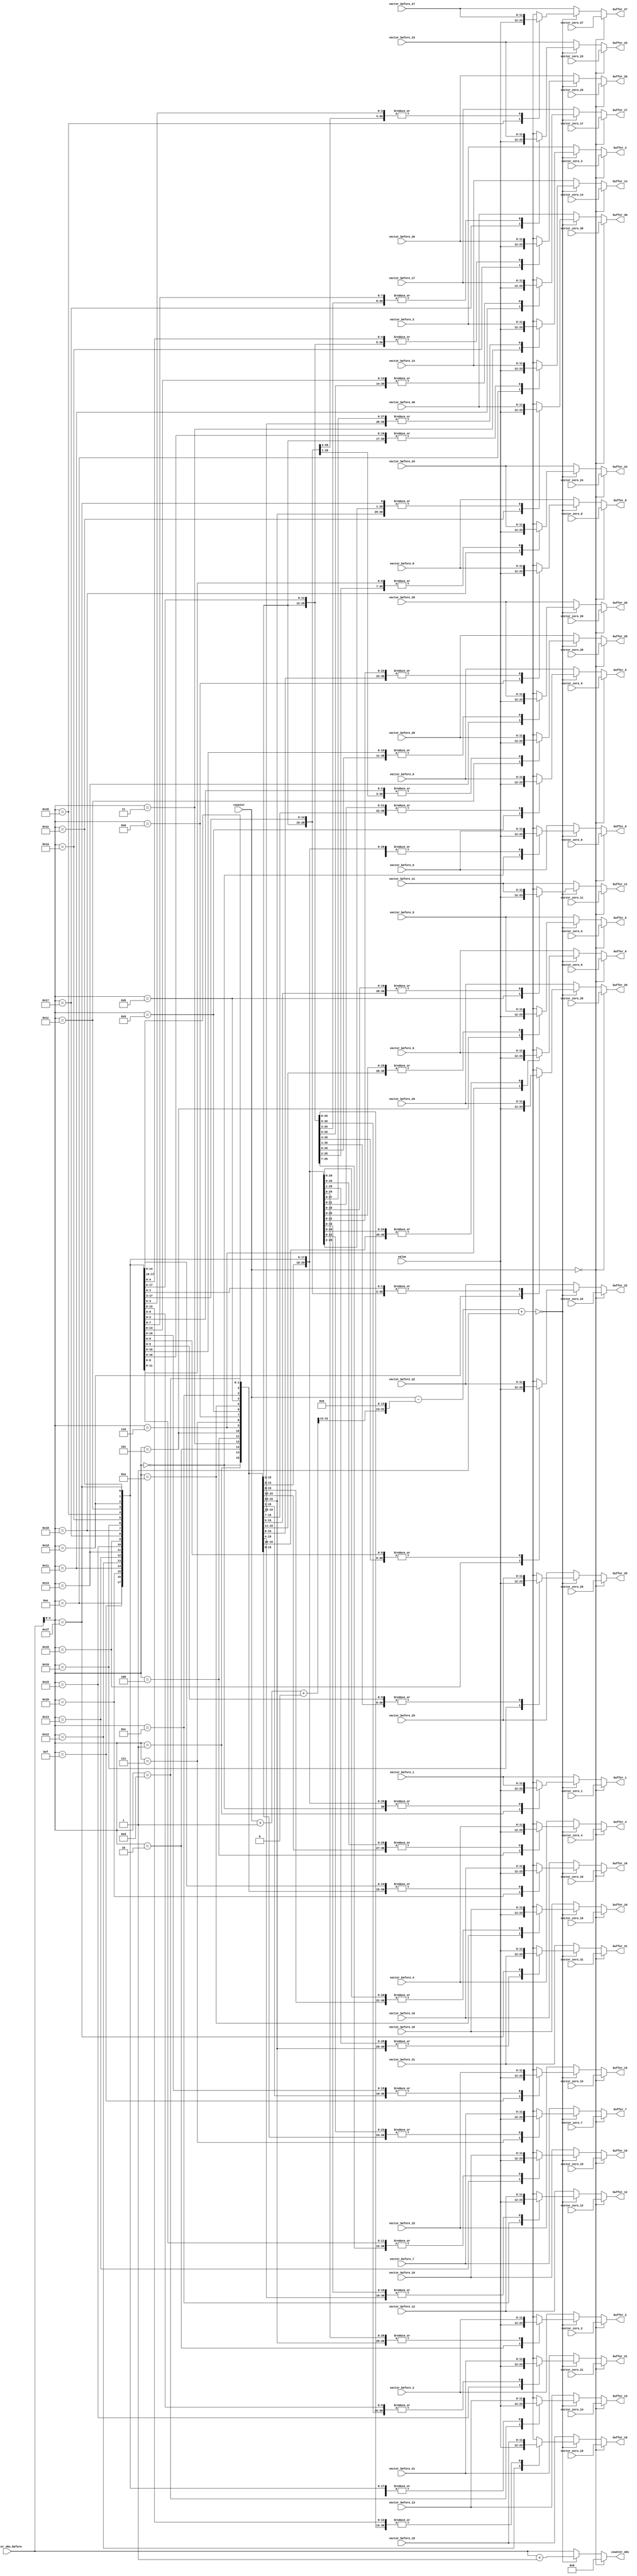
// -------------------------------------------------------------
// 
// 
// Generated by MATLAB 9.14 and HDL Coder 4.1
// 
// -------------------------------------------------------------


// -------------------------------------------------------------
// 
// Module: buffer_block
// Source Path: RSP/RSP/Velocity Processor/Doppler Processing/Buffer_lag_observation/buffer
// Hierarchy Level: 4
// 
// -------------------------------------------------------------

`timescale 1 ns / 1 ns

module buffer_block
          (value,
           vector_zero_0,
           vector_zero_1,
           vector_zero_2,
           vector_zero_3,
           vector_zero_4,
           vector_zero_5,
           vector_zero_6,
           vector_zero_7,
           vector_zero_8,
           vector_zero_9,
           vector_zero_10,
           vector_zero_11,
           vector_zero_12,
           vector_zero_13,
           vector_zero_14,
           vector_zero_15,
           vector_zero_16,
           vector_zero_17,
           vector_zero_18,
           vector_zero_19,
           vector_zero_20,
           vector_zero_21,
           vector_zero_22,
           vector_zero_23,
           vector_zero_24,
           vector_zero_25,
           vector_zero_26,
           vector_zero_27,
           vector_zero_28,
           vector_zero_29,
           vector_zero_30,
           vector_zero_31,
           vector_before_0,
           vector_before_1,
           vector_before_2,
           vector_before_3,
           vector_before_4,
           vector_before_5,
           vector_before_6,
           vector_before_7,
           vector_before_8,
           vector_before_9,
           vector_before_10,
           vector_before_11,
           vector_before_12,
           vector_before_13,
           vector_before_14,
           vector_before_15,
           vector_before_16,
           vector_before_17,
           vector_before_18,
           vector_before_19,
           vector_before_20,
           vector_before_21,
           vector_before_22,
           vector_before_23,
           vector_before_24,
           vector_before_25,
           vector_before_26,
           vector_before_27,
           vector_before_28,
           vector_before_29,
           vector_before_30,
           vector_before_31,
           counter,
           counter_obs_before,
           buffer_0,
           buffer_1,
           buffer_2,
           buffer_3,
           buffer_4,
           buffer_5,
           buffer_6,
           buffer_7,
           buffer_8,
           buffer_9,
           buffer_10,
           buffer_11,
           buffer_12,
           buffer_13,
           buffer_14,
           buffer_15,
           buffer_16,
           buffer_17,
           buffer_18,
           buffer_19,
           buffer_20,
           buffer_21,
           buffer_22,
           buffer_23,
           buffer_24,
           buffer_25,
           buffer_26,
           buffer_27,
           buffer_28,
           buffer_29,
           buffer_30,
           buffer_31,
           counter_obs);


  input   signed [11:0] value;  // sfix12_En10
  input   signed [11:0] vector_zero_0;  // sfix12_En10
  input   signed [11:0] vector_zero_1;  // sfix12_En10
  input   signed [11:0] vector_zero_2;  // sfix12_En10
  input   signed [11:0] vector_zero_3;  // sfix12_En10
  input   signed [11:0] vector_zero_4;  // sfix12_En10
  input   signed [11:0] vector_zero_5;  // sfix12_En10
  input   signed [11:0] vector_zero_6;  // sfix12_En10
  input   signed [11:0] vector_zero_7;  // sfix12_En10
  input   signed [11:0] vector_zero_8;  // sfix12_En10
  input   signed [11:0] vector_zero_9;  // sfix12_En10
  input   signed [11:0] vector_zero_10;  // sfix12_En10
  input   signed [11:0] vector_zero_11;  // sfix12_En10
  input   signed [11:0] vector_zero_12;  // sfix12_En10
  input   signed [11:0] vector_zero_13;  // sfix12_En10
  input   signed [11:0] vector_zero_14;  // sfix12_En10
  input   signed [11:0] vector_zero_15;  // sfix12_En10
  input   signed [11:0] vector_zero_16;  // sfix12_En10
  input   signed [11:0] vector_zero_17;  // sfix12_En10
  input   signed [11:0] vector_zero_18;  // sfix12_En10
  input   signed [11:0] vector_zero_19;  // sfix12_En10
  input   signed [11:0] vector_zero_20;  // sfix12_En10
  input   signed [11:0] vector_zero_21;  // sfix12_En10
  input   signed [11:0] vector_zero_22;  // sfix12_En10
  input   signed [11:0] vector_zero_23;  // sfix12_En10
  input   signed [11:0] vector_zero_24;  // sfix12_En10
  input   signed [11:0] vector_zero_25;  // sfix12_En10
  input   signed [11:0] vector_zero_26;  // sfix12_En10
  input   signed [11:0] vector_zero_27;  // sfix12_En10
  input   signed [11:0] vector_zero_28;  // sfix12_En10
  input   signed [11:0] vector_zero_29;  // sfix12_En10
  input   signed [11:0] vector_zero_30;  // sfix12_En10
  input   signed [11:0] vector_zero_31;  // sfix12_En10
  input   signed [11:0] vector_before_0;  // sfix12_En10
  input   signed [11:0] vector_before_1;  // sfix12_En10
  input   signed [11:0] vector_before_2;  // sfix12_En10
  input   signed [11:0] vector_before_3;  // sfix12_En10
  input   signed [11:0] vector_before_4;  // sfix12_En10
  input   signed [11:0] vector_before_5;  // sfix12_En10
  input   signed [11:0] vector_before_6;  // sfix12_En10
  input   signed [11:0] vector_before_7;  // sfix12_En10
  input   signed [11:0] vector_before_8;  // sfix12_En10
  input   signed [11:0] vector_before_9;  // sfix12_En10
  input   signed [11:0] vector_before_10;  // sfix12_En10
  input   signed [11:0] vector_before_11;  // sfix12_En10
  input   signed [11:0] vector_before_12;  // sfix12_En10
  input   signed [11:0] vector_before_13;  // sfix12_En10
  input   signed [11:0] vector_before_14;  // sfix12_En10
  input   signed [11:0] vector_before_15;  // sfix12_En10
  input   signed [11:0] vector_before_16;  // sfix12_En10
  input   signed [11:0] vector_before_17;  // sfix12_En10
  input   signed [11:0] vector_before_18;  // sfix12_En10
  input   signed [11:0] vector_before_19;  // sfix12_En10
  input   signed [11:0] vector_before_20;  // sfix12_En10
  input   signed [11:0] vector_before_21;  // sfix12_En10
  input   signed [11:0] vector_before_22;  // sfix12_En10
  input   signed [11:0] vector_before_23;  // sfix12_En10
  input   signed [11:0] vector_before_24;  // sfix12_En10
  input   signed [11:0] vector_before_25;  // sfix12_En10
  input   signed [11:0] vector_before_26;  // sfix12_En10
  input   signed [11:0] vector_before_27;  // sfix12_En10
  input   signed [11:0] vector_before_28;  // sfix12_En10
  input   signed [11:0] vector_before_29;  // sfix12_En10
  input   signed [11:0] vector_before_30;  // sfix12_En10
  input   signed [11:0] vector_before_31;  // sfix12_En10
  input   [31:0] counter;  // uint32
  input   [31:0] counter_obs_before;  // uint32
  output  signed [11:0] buffer_0;  // sfix12_En10
  output  signed [11:0] buffer_1;  // sfix12_En10
  output  signed [11:0] buffer_2;  // sfix12_En10
  output  signed [11:0] buffer_3;  // sfix12_En10
  output  signed [11:0] buffer_4;  // sfix12_En10
  output  signed [11:0] buffer_5;  // sfix12_En10
  output  signed [11:0] buffer_6;  // sfix12_En10
  output  signed [11:0] buffer_7;  // sfix12_En10
  output  signed [11:0] buffer_8;  // sfix12_En10
  output  signed [11:0] buffer_9;  // sfix12_En10
  output  signed [11:0] buffer_10;  // sfix12_En10
  output  signed [11:0] buffer_11;  // sfix12_En10
  output  signed [11:0] buffer_12;  // sfix12_En10
  output  signed [11:0] buffer_13;  // sfix12_En10
  output  signed [11:0] buffer_14;  // sfix12_En10
  output  signed [11:0] buffer_15;  // sfix12_En10
  output  signed [11:0] buffer_16;  // sfix12_En10
  output  signed [11:0] buffer_17;  // sfix12_En10
  output  signed [11:0] buffer_18;  // sfix12_En10
  output  signed [11:0] buffer_19;  // sfix12_En10
  output  signed [11:0] buffer_20;  // sfix12_En10
  output  signed [11:0] buffer_21;  // sfix12_En10
  output  signed [11:0] buffer_22;  // sfix12_En10
  output  signed [11:0] buffer_23;  // sfix12_En10
  output  signed [11:0] buffer_24;  // sfix12_En10
  output  signed [11:0] buffer_25;  // sfix12_En10
  output  signed [11:0] buffer_26;  // sfix12_En10
  output  signed [11:0] buffer_27;  // sfix12_En10
  output  signed [11:0] buffer_28;  // sfix12_En10
  output  signed [11:0] buffer_29;  // sfix12_En10
  output  signed [11:0] buffer_30;  // sfix12_En10
  output  signed [11:0] buffer_31;  // sfix12_En10
  output  [31:0] counter_obs;  // uint32


  wire signed [11:0] vector_zero [0:31];  // sfix12_En10 [32]
  wire signed [11:0] vector_before [0:31];  // sfix12_En10 [32]
  reg signed [11:0] buffer_32 [0:31];  // sfix12_En10 [32]
  reg [31:0] counter_obs_1;  // uint32
  reg [31:0] t;  // uint32
  reg [31:0] t_0;  // uint32
  reg signed [31:0] t_1;  // int32
  reg signed [31:0] t_2;  // int32
  reg signed [31:0] t_3;  // int32
  reg [63:0] cast;  // ufix64


  assign vector_zero[0] = vector_zero_0;
  assign vector_zero[1] = vector_zero_1;
  assign vector_zero[2] = vector_zero_2;
  assign vector_zero[3] = vector_zero_3;
  assign vector_zero[4] = vector_zero_4;
  assign vector_zero[5] = vector_zero_5;
  assign vector_zero[6] = vector_zero_6;
  assign vector_zero[7] = vector_zero_7;
  assign vector_zero[8] = vector_zero_8;
  assign vector_zero[9] = vector_zero_9;
  assign vector_zero[10] = vector_zero_10;
  assign vector_zero[11] = vector_zero_11;
  assign vector_zero[12] = vector_zero_12;
  assign vector_zero[13] = vector_zero_13;
  assign vector_zero[14] = vector_zero_14;
  assign vector_zero[15] = vector_zero_15;
  assign vector_zero[16] = vector_zero_16;
  assign vector_zero[17] = vector_zero_17;
  assign vector_zero[18] = vector_zero_18;
  assign vector_zero[19] = vector_zero_19;
  assign vector_zero[20] = vector_zero_20;
  assign vector_zero[21] = vector_zero_21;
  assign vector_zero[22] = vector_zero_22;
  assign vector_zero[23] = vector_zero_23;
  assign vector_zero[24] = vector_zero_24;
  assign vector_zero[25] = vector_zero_25;
  assign vector_zero[26] = vector_zero_26;
  assign vector_zero[27] = vector_zero_27;
  assign vector_zero[28] = vector_zero_28;
  assign vector_zero[29] = vector_zero_29;
  assign vector_zero[30] = vector_zero_30;
  assign vector_zero[31] = vector_zero_31;

  assign vector_before[0] = vector_before_0;
  assign vector_before[1] = vector_before_1;
  assign vector_before[2] = vector_before_2;
  assign vector_before[3] = vector_before_3;
  assign vector_before[4] = vector_before_4;
  assign vector_before[5] = vector_before_5;
  assign vector_before[6] = vector_before_6;
  assign vector_before[7] = vector_before_7;
  assign vector_before[8] = vector_before_8;
  assign vector_before[9] = vector_before_9;
  assign vector_before[10] = vector_before_10;
  assign vector_before[11] = vector_before_11;
  assign vector_before[12] = vector_before_12;
  assign vector_before[13] = vector_before_13;
  assign vector_before[14] = vector_before_14;
  assign vector_before[15] = vector_before_15;
  assign vector_before[16] = vector_before_16;
  assign vector_before[17] = vector_before_17;
  assign vector_before[18] = vector_before_18;
  assign vector_before[19] = vector_before_19;
  assign vector_before[20] = vector_before_20;
  assign vector_before[21] = vector_before_21;
  assign vector_before[22] = vector_before_22;
  assign vector_before[23] = vector_before_23;
  assign vector_before[24] = vector_before_24;
  assign vector_before[25] = vector_before_25;
  assign vector_before[26] = vector_before_26;
  assign vector_before[27] = vector_before_27;
  assign vector_before[28] = vector_before_28;
  assign vector_before[29] = vector_before_29;
  assign vector_before[30] = vector_before_30;
  assign vector_before[31] = vector_before_31;

  always @* begin
    t = 32'd0;
    cast = 64'h0000000000000000;
    t_0 = 32'd0;
    if (counter == 32'd0) begin

      for(t_1 = 32'sd0; t_1 <= 32'sd31; t_1 = t_1 + 32'sd1) begin
        buffer_32[t_1] = vector_zero[t_1];
      end

      counter_obs_1 = 32'd0;
    end
    else begin
      t = (counter + 32'd1) + 0  >> 32'd14;
      cast = {18'b0, {t, 14'b00000000000000}};
      t_0 = cast[31:0];
      if (((counter - t_0) + 32'd1) == 32'd0) begin

        for(t_3 = 32'sd0; t_3 <= 32'sd31; t_3 = t_3 + 32'sd1) begin
          buffer_32[t_3] = vector_before[t_3];
        end

        buffer_32[counter_obs_before] = value;
        counter_obs_1 = counter_obs_before + 32'd1;
      end
      else begin

        for(t_2 = 32'sd0; t_2 <= 32'sd31; t_2 = t_2 + 32'sd1) begin
          buffer_32[t_2] = vector_before[t_2];
        end

        counter_obs_1 = counter_obs_before;
      end
    end
  end



  assign buffer_0 = buffer_32[0];

  assign buffer_1 = buffer_32[1];

  assign buffer_2 = buffer_32[2];

  assign buffer_3 = buffer_32[3];

  assign buffer_4 = buffer_32[4];

  assign buffer_5 = buffer_32[5];

  assign buffer_6 = buffer_32[6];

  assign buffer_7 = buffer_32[7];

  assign buffer_8 = buffer_32[8];

  assign buffer_9 = buffer_32[9];

  assign buffer_10 = buffer_32[10];

  assign buffer_11 = buffer_32[11];

  assign buffer_12 = buffer_32[12];

  assign buffer_13 = buffer_32[13];

  assign buffer_14 = buffer_32[14];

  assign buffer_15 = buffer_32[15];

  assign buffer_16 = buffer_32[16];

  assign buffer_17 = buffer_32[17];

  assign buffer_18 = buffer_32[18];

  assign buffer_19 = buffer_32[19];

  assign buffer_20 = buffer_32[20];

  assign buffer_21 = buffer_32[21];

  assign buffer_22 = buffer_32[22];

  assign buffer_23 = buffer_32[23];

  assign buffer_24 = buffer_32[24];

  assign buffer_25 = buffer_32[25];

  assign buffer_26 = buffer_32[26];

  assign buffer_27 = buffer_32[27];

  assign buffer_28 = buffer_32[28];

  assign buffer_29 = buffer_32[29];

  assign buffer_30 = buffer_32[30];

  assign buffer_31 = buffer_32[31];

  assign counter_obs = counter_obs_1;

endmodule  // buffer_block